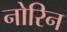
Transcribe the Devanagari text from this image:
नोरिन